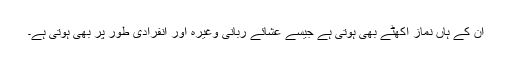
ان کے ہاں نماز اکھٹے بھی ہوتی ہے جیسے عشائے ربانی وغیرہ اور انفرادی طور پر بھی ہوتی ہے۔